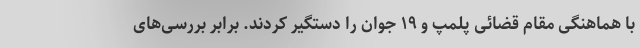
با هماهنگی مقام قضائی پلمپ و ۱۹ جوان را دستگیر کردند. برابر بررسی‌های